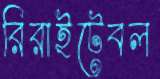
রিরাইটেবল